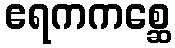
ဧရကကစ္ဆေ